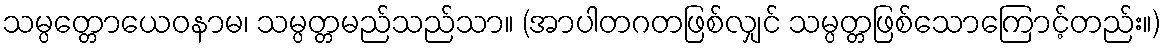
သမ္ပတ္တောယေဝနာမ၊ သမ္ပတ္တမည်သည်သာ။ (အာပါတဂတဖြစ်လျှင် သမ္ပတ္တဖြစ်သောကြောင့်တည်း။)